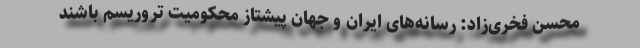
محسن فخری‌زاد: رسانه‌های ایران و جهان پیشتاز محکومیت تروریسم باشند